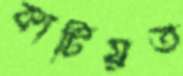
কাটিয়ত